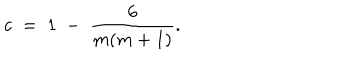
c \; = \; 1 \; - \; \frac { 6 } { m ( m + 1 ) } .